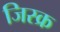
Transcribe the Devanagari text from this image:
जिस्क्र